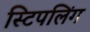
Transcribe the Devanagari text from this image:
स्टिपलिंग